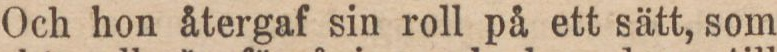
Och hon återgaf sin roll på ett sätt, som